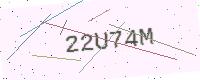
Text: 22U74M